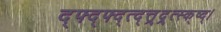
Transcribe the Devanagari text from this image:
द्फ्द्फ्द्त्द्त्त्र्द्र्त्स्क्ष्द्।